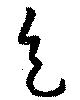
色